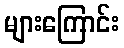
များကြောင်း